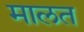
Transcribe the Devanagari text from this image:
मालत